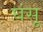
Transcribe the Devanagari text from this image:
घंसू